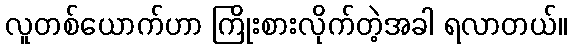
လူတစ်ယောက်ဟာ ကြိုးစားလိုက်တဲ့အခါ ရလာတယ်။